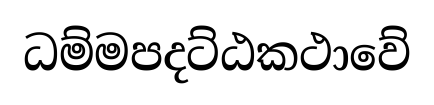
ධම්මපදට්ඨකථාවේ